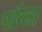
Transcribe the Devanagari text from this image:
पछेला